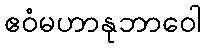
ဧဝံမဟာနုဘာဝေါ